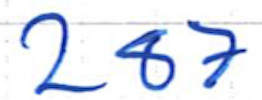
Text: 287
Cross-out: clean
Writing tool: ballpoint